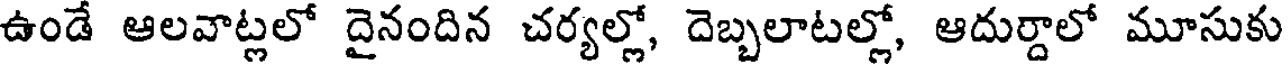
ఉండే ఆలవాట్లలో దైనందిన చర్యల్లో, దెబ్బలాటల్లో, ఆదుర్దాలో మూసుకు